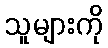
သူများကို